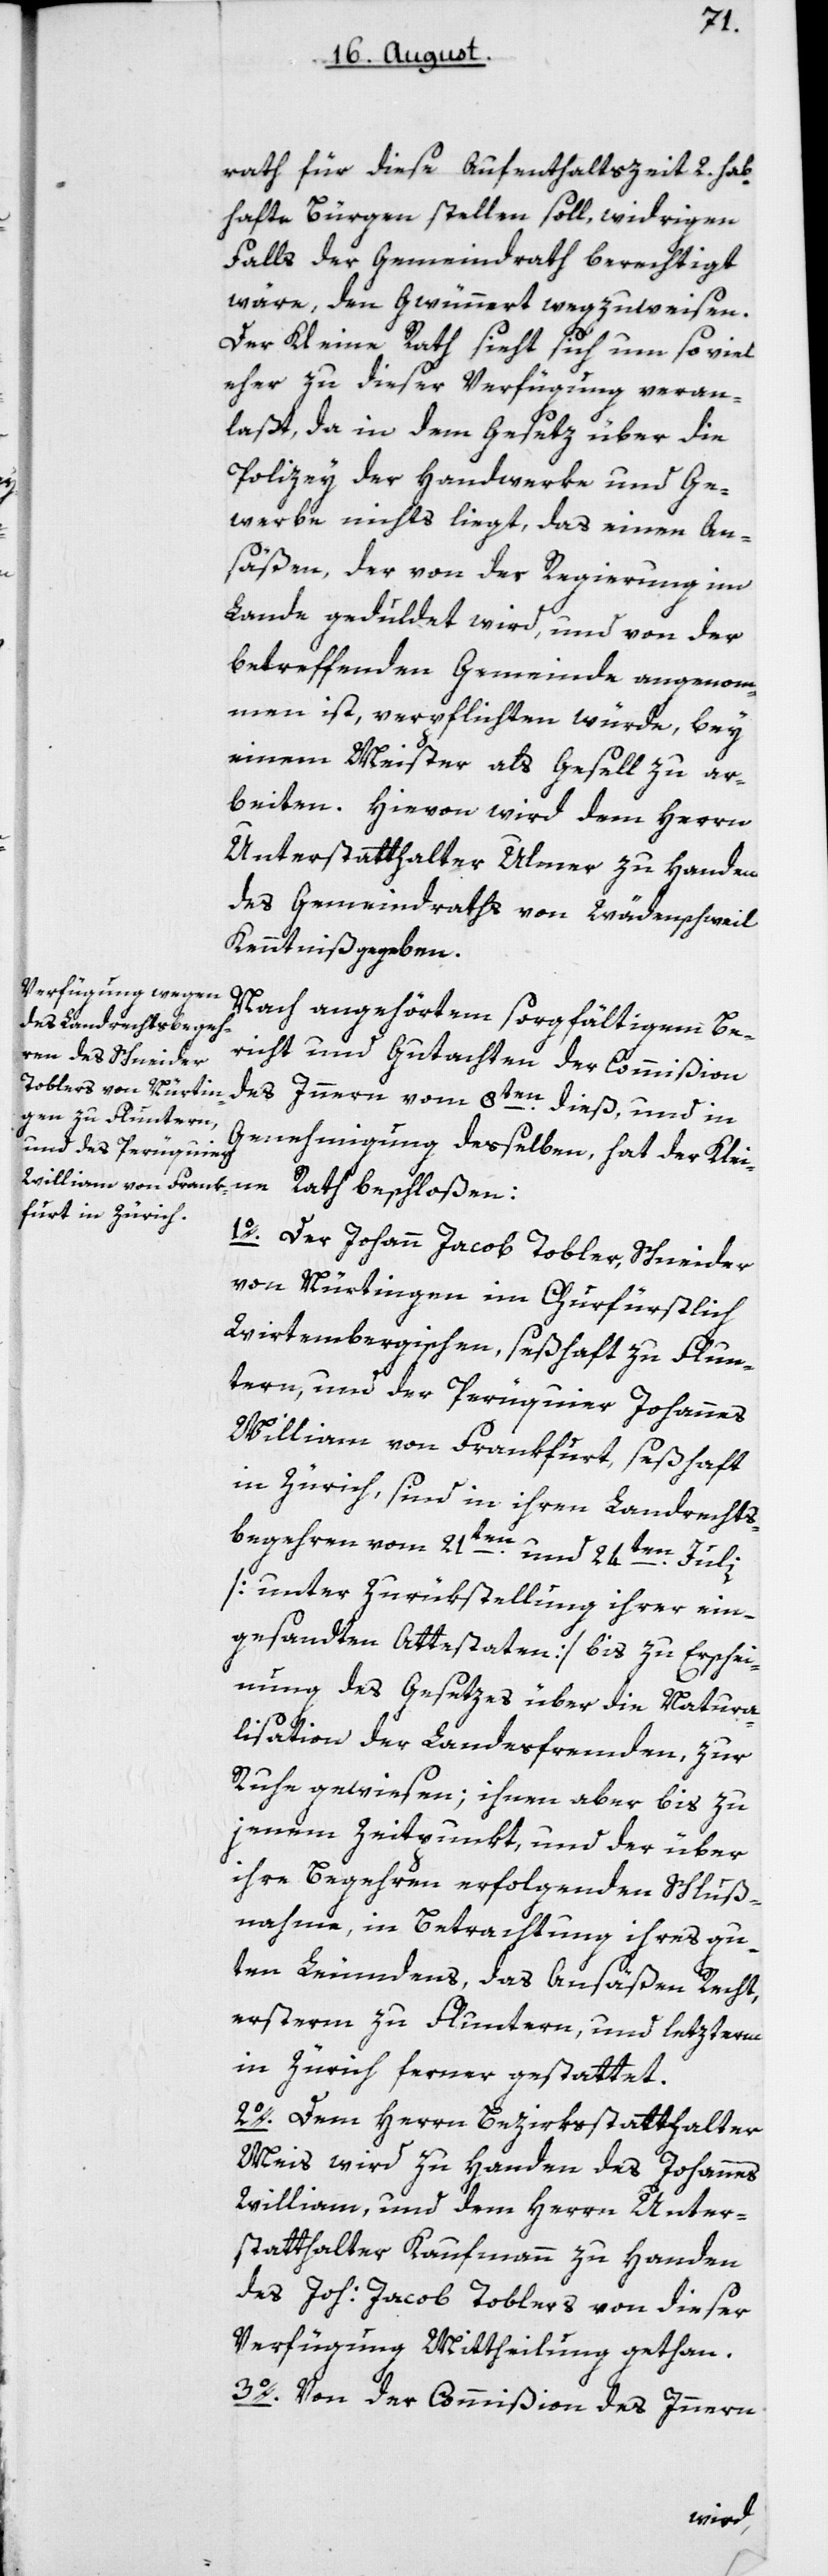
rath für diese Aufenthaltszeit zwey hab¬
hafte Bürgen stellen soll, widrigen
Falls der Gemeindrath berechtigt
wäre, den Gwünnert wegzuweisen.
Der Kleine Rath sieht sich um so viel
eher zu dieser Verfügung veran¬
laßt, da in dem Gesez über die
Policey der Handwerke und Ge¬
werbe nichts liegt, das einen An¬
säßen, der von der Regierung im
Lande geduldet wird, und von der
betreffenden Gemeinde angenoh¬
men ist, verpflichten würde, bey
einem Meister als Gesell zu ar¬
beiten. Hievon wird dem Herrn
Unterstatthalter Ulmer zu Handen
des Gemeindraths von Wädenschweil
Kenntniß gegeben.
Nach angehörtem sorgfältigen Be¬
richt und Gutachten der Commißion
des Innern vom 8ten dieß, und in
Genehmigung deßelben, hat der Klei¬
ne Rath beschloßen:
1o. Der Johann Jacob Tobler, Schneider
von Nürtingen im Churfürstlich
Würtembergischen, seßhaft zu Flun¬
tern, und der Peruquier Johannes
William von Frankfurt, seßhaft
in Zürich, sind in ihren Landrechts¬
begehren vom 21ten und 24ten Julii
[unter Zurükstellung ihrer ein¬
nung des Gesetzes über die Natura¬
lisation der Landesfremden, zur
Ruhe gewiesen; ihnen aber bis zu
jenem Zeitpunkt, und der über
ihre Begehren erfolgenden Schluß¬
nahme, in Betrachtung ihres gu¬
ten Leumdens, das Ansäßen-Recht,
ersterm zu Fluntern und letzterm
in Zürich ferner gestattet.
2o. Dem Herrn Bezirksstatthalter
Meis wird zu Handen des Johannes
William, und dem Herrn Unter¬
statthalter Kaufmann zu Handen
des Joh. Jacob Toblers von dieser
Verfügung Mittheilung gethan.
3o. Von der Commißion des Innern
Erschei¬